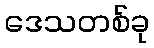
ဒေသတစ်ခု